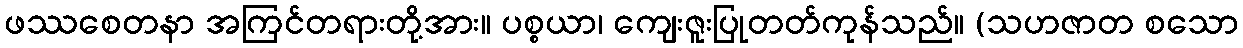
ဖဿစေတနာ အကြင်တရားတို့အား။ ပစ္စယာ၊ ကျေးဇူးပြုတတ်ကုန်သည်။ (သဟဇာတ စသော